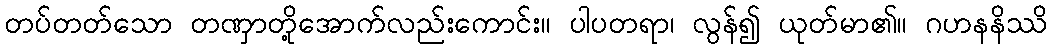
တပ်တတ်သော တဏှာတို့အောက်လည်းကောင်း။ ပါပတရာ၊ လွန်၍ ယုတ်မာ၏။ ဂဟနနိဿိ